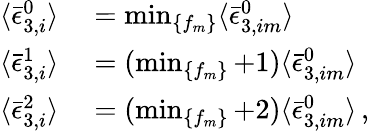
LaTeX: \begin{array}{rl}{\langle\bar{\epsilon}_{3,i}^{0}\rangle}&{{}=\operatorname*{min}_{\{ f_{m}\} }\langle\bar{\epsilon}_{3,im}^{0}\rangle}\\ {\langle\bar{\epsilon}_{3,i}^{1}\rangle}&{{}=(\operatorname*{min}_{\{ f_{m}\} }+1)\langle\bar{\epsilon}_{3,im}^{0}\rangle}\\ {\langle\bar{\epsilon}_{3,i}^{2}\rangle}&{{}=(\operatorname*{min}_{\{ f_{m}\} }+2)\langle\bar{\epsilon}_{3,im}^{0}\rangle\, ,}\end{array}